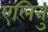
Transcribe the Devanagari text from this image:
एलिनु